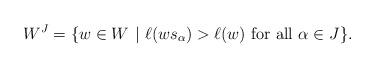
LaTeX: \begin{align*}W^J=\{w\in W\,\,|\,\,\ell(ws_{\alpha})>\ell(w)\mbox{ for all }{\alpha}\in J\}.\end{align*}